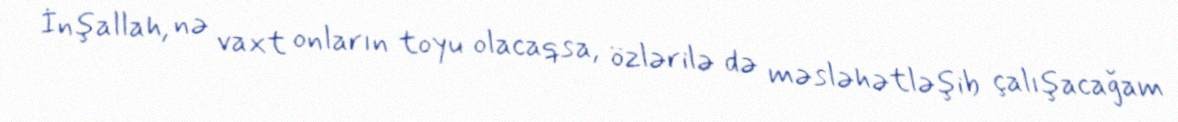
İnşallah, nə vaxt onların toyu olacaqsa, özlərilə də məsləhətləşib çalışacağam